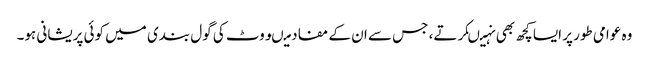
وہ عوامی طور پر ایسا کچھ بھی نہیںکرتے، جس سے ان کے مفاد میںووٹ کی گول بندی میں کوئی پریشانی ہو۔